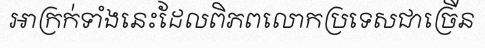
អាក្រក់ទាំងនេះដែលពិភពលោកប្រទេសជាច្រើន